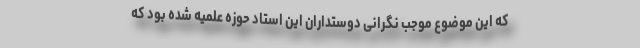
که این موضوع موجب نگرانی دوستداران این استاد حوزه علمیه شده بود که